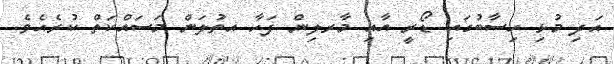
އަދި މުޅި ހިސާބުގައި ޑޯރީ އާއި މާރލިން ފަހާ އތުލަން މަސައްކަތް ކުރެއެވެ.